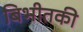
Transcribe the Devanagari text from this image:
बिभीतकी